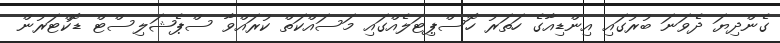
ގެންދިޔަ ދެވަނަ ބުރުގައި އިންޑިއާގެ ހަތަރު ހޮސްޕިޓަލެއްގައި މަސައްކަތް ކުރައްވާ ސްޕެޝަލިސްޓް ޑޮކްޓަރުން